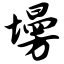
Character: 墁